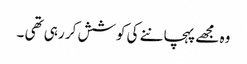
وہ مجھے پہچاننے کی کوشش کر رہی تھی ۔